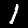
Label: 1